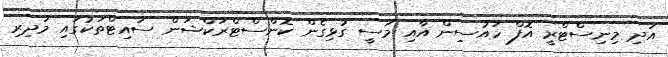
އަދި މިނިސްޓްރީ އޮފް ހައުސިން އާއި މަސީ ގުޅިގެން ކޮންސްޓްރަކްޝަން ސައިޓްތަކުގައި މަދިރި